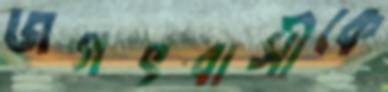
জগৎবাসীকে